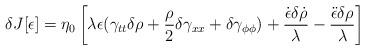
LaTeX: \begin{align*}\delta J [ \epsilon ] = \eta_{0} \left[ \lambda \epsilon ( \gamma_{tt} \delta \rho + \frac{\rho}{2} \delta \gamma_{xx}+\delta \gamma_{\phi \phi} ) + \frac{\dot{\epsilon} \delta \dot{\rho}}{\lambda} - \frac{\ddot{\epsilon} \delta \rho}{\lambda} \right]\end{align*}